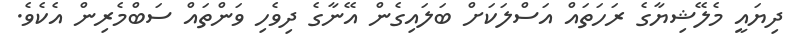
ދިޔައީ މެލޭޝިޔާގެ ރަހަތައް އަސްލަކަށް ބަލައިގެން އޭނާގެ ދިވެހި ވަންތައް ސަބްމެރިން އެކެވެ.